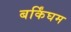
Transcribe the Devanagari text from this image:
बर्किंघम